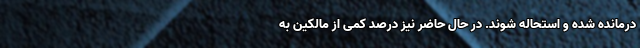
درمانده شده و استحاله شوند. در حال حاضر نیز درصد کمی از مالکین به